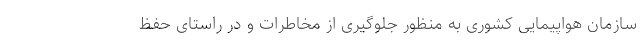
سازمان هواپیمایی کشوری به منظور جلوگیری از مخاطرات و در راستای حفظ